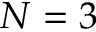
N = 3